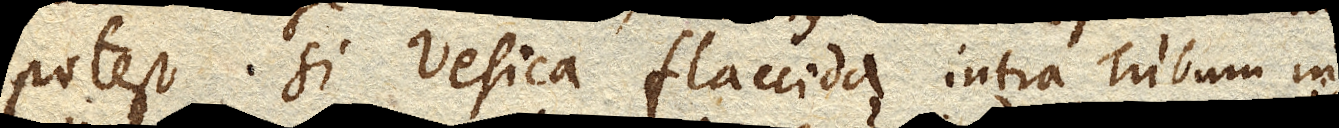
potest si vesica flaccida intra Tubum in